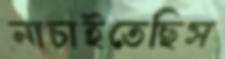
নাচাইতেছিস